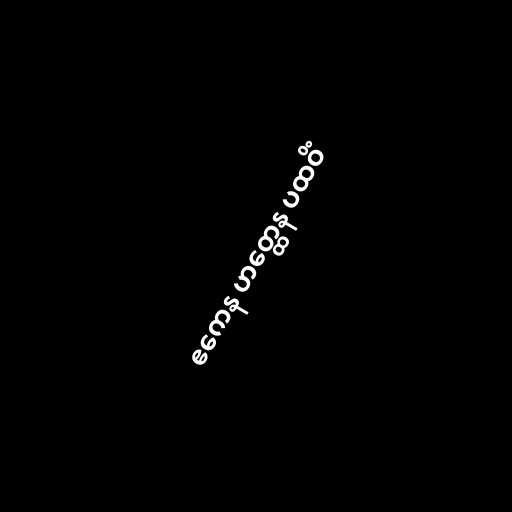
ဧကေန ဟတ္ထေန ပထဝိံ